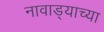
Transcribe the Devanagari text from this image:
नावाड्याच्या